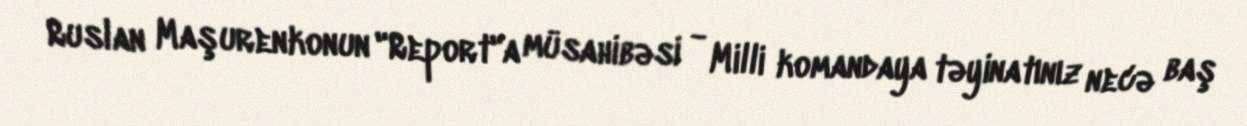
Ruslan Maşurenkonun "Report"a müsahibəsi - Milli komandaya təyinatınız necə baş